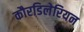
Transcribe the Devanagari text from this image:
कौरडिलेरियन